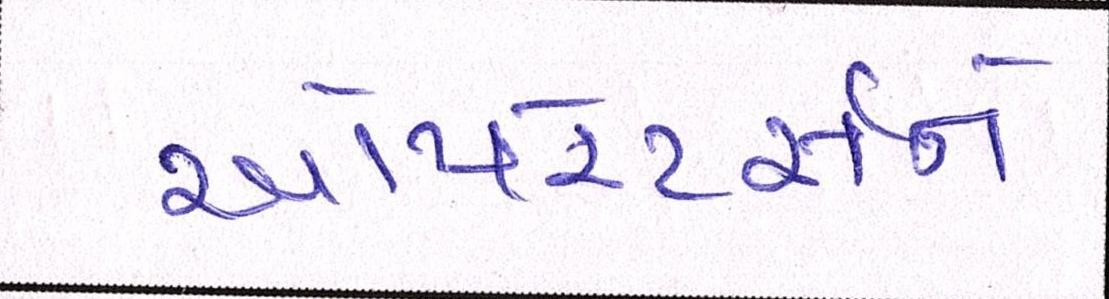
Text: ઓપરેટર્સને